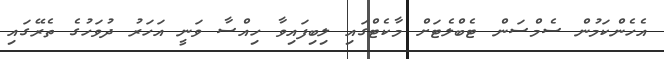
އެހެންކަމުން ސެމްސަން ޓެބްލެޓަށް މާކެޓްގައި ލިބިފައިވާ ހިއްސާ ވަނީ އަހަރު ދުވަހުގެ ތެރޭގައި